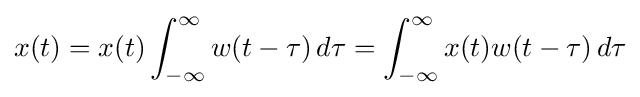
x(t)=x(t)\int _{-\infty }^{\infty }w(t-\tau )\,d\tau =\int _{-\infty }^{\infty }x(t)w(t-\tau )\,d\tau